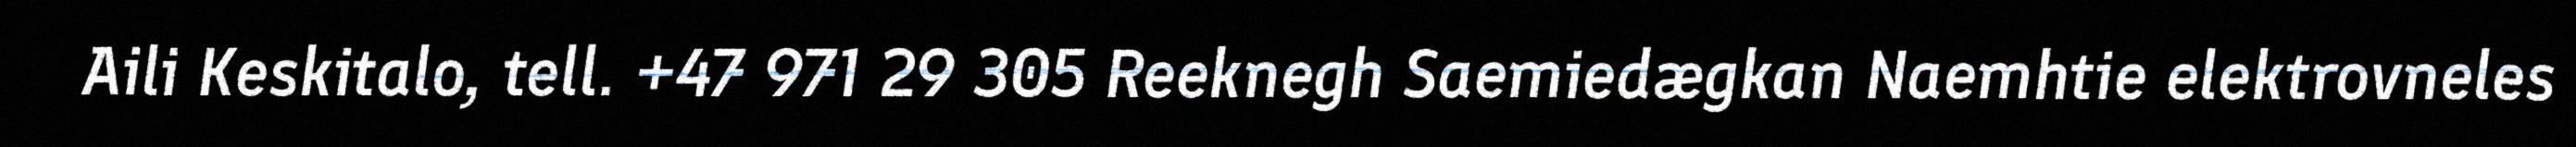
Aili Keskitalo, tell. +47 971 29 305 Reeknegh Saemiedægkan Naemhtie elektrovneles